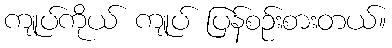
ကျုပ်ကိုယ် ကျုပ် ပြန်စဉ်းစားတယ်။